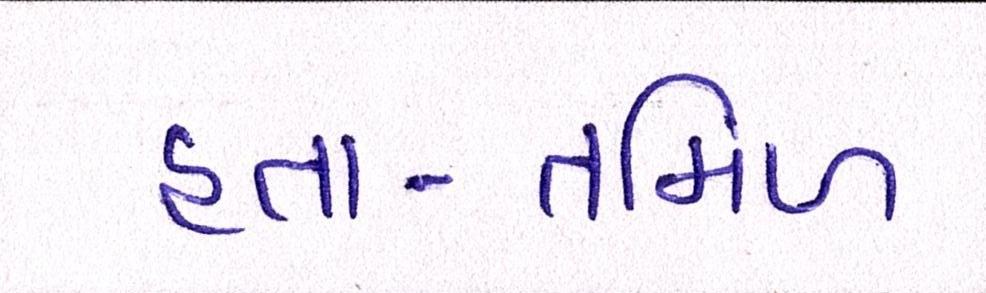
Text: હતા-તમિળ